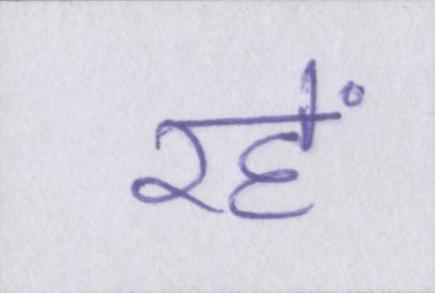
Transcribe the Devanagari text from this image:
रहें